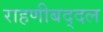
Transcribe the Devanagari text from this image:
राहणीबद्दल